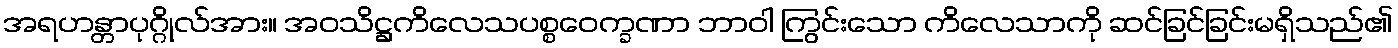
အရဟန္တာပုဂ္ဂိုလ်အား။ အဝသိဋ္ဌကိလေသပစ္စဝေက္ခဏာ ဘာဝါ ကြွင်းသော ကိလေသာကို ဆင်ခြင်ခြင်းမရှိသည်၏